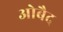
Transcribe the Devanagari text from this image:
ओबैद